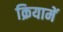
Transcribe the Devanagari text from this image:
क्रियामें